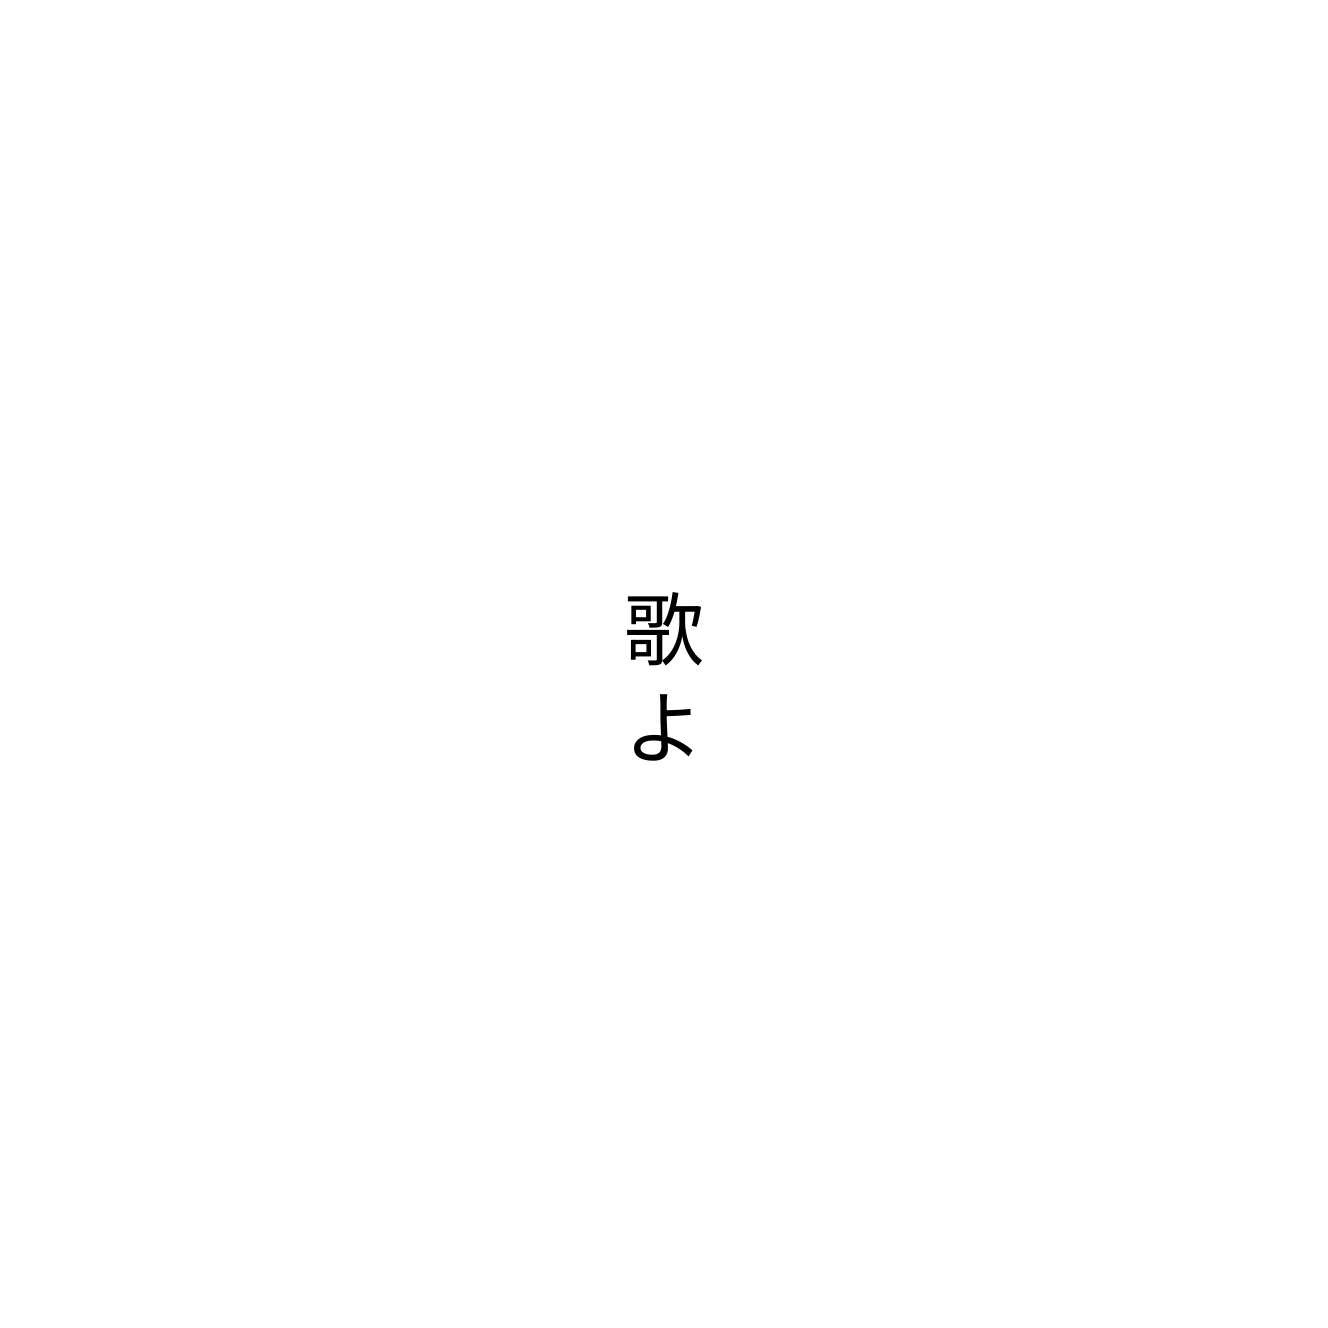
歌よ